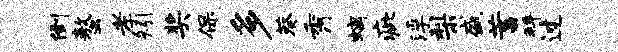
倒螯孝矧奖保多葵秀螭疵浮梨盛蓄拜过